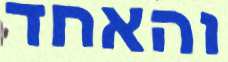
והאחד